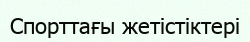
Спорттағы жетістіктері